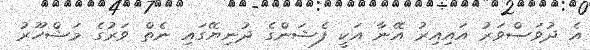
އެ ދުވަސްވަރު އައިއިރު އޭނާ އަކީ ފެޝަންގެ ދުނިޔޭގައި ނެތް ވަރުގެ މަޝްހޫރު